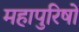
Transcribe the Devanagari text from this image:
महापुरिषों